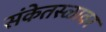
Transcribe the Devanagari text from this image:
संकेतस्ळावर